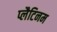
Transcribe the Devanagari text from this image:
प्लैटिनम